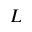
L